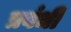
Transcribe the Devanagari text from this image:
प्रबंधी